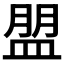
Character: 𥂀